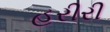
હરીરી